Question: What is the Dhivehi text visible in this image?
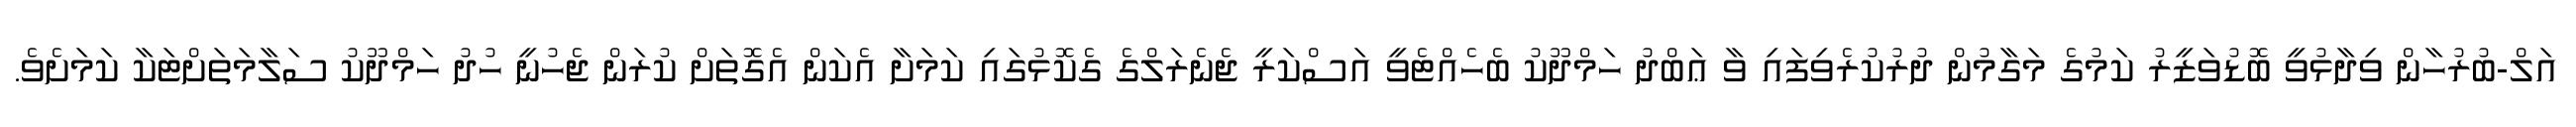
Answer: އަލް-ބުރުހާން ވިދާޅުވީ ބޮޑުވަޒީރު ކަމުގެ މަގާމުން ދުރުކުރެވިފައި ވާ ޢަބްދު ހަމްދޫކު ބެހެއްޓެވީ އަސްކަރީ ޖެނެރަލްގެ ގެކޮޅުގައި ކަމަށާ އެކަން އެގޮތަށް ކުރަން ޖެހުނީ ހުދު ހަމްދޫކު ސަލާމަތަށްޓަކާ ކަމަށެވެ.